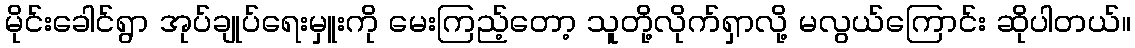
မိုင်းခေါင်ရွာ အုပ်ချုပ်ရေးမှူးကို မေးကြည့်တော့ သူတို့လိုက်ရှာလို့ မလွယ်ကြောင်း ဆိုပါတယ်။